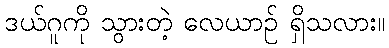
ဒယ်ဂူကို သွားတဲ့ လေယာဉ် ရှိသလား။